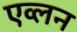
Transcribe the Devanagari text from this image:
एव्लन